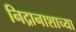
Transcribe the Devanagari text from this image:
निद्रानाशाच्या